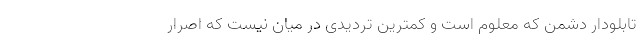
تابلو‌دار دشمن که معلوم است و کمترین تردیدی در میان نیست که اصرار